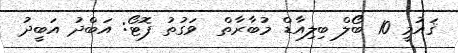
ޤައުމީ 10 ބޯލް ބިލިއާޑް މުބާރާތް  ވަގުތު ފޮޓޯ: އަބްދު އަބީދު